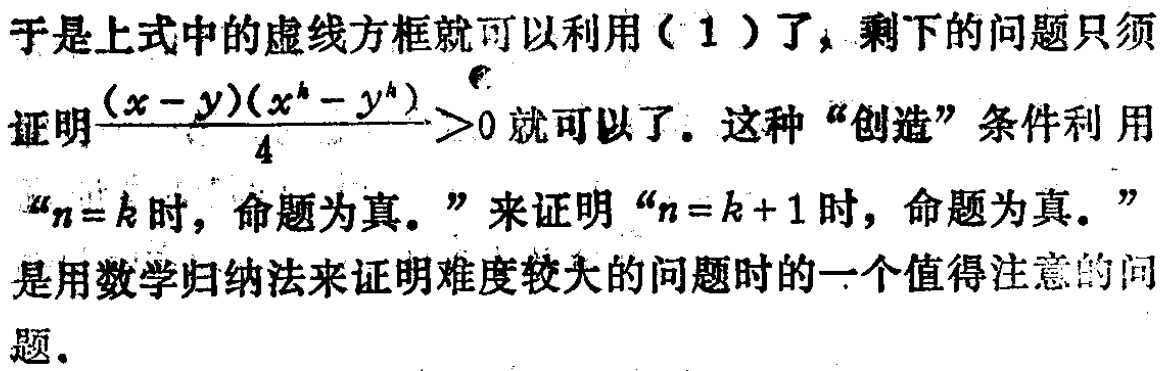
于是上式中的虚线方框就可以利用（1）了，剩下的问题只须

证明\(\frac{(x - y)(x^{k}-y^{k})}{4}>0\)就可以了。这种“创造”条件利用

“\(n = k\)时，命题为真。”来证明“\(n = k + 1\)时，命题为真。”

是用数学归纳法来证明难度较大的问题时的一个值得注意的问

题。